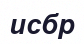
исбр